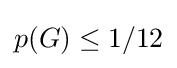
p(G)\leq 1/12